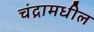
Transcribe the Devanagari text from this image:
चंद्रामधील